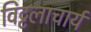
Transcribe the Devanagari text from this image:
विट्टलाचार्य